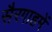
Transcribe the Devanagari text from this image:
सैरगाहमें